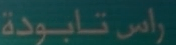
راس تابودة